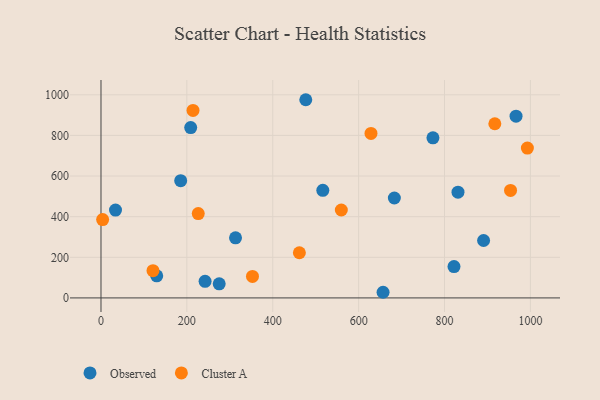
{"axis": {"x": "Distance", "y": "Rating"}, "legend": ["Cluster A", "Observed"], "data": [{"x": "773.1", "y": 788.1, "type": "Observed"}, {"x": "831.4", "y": 520.5, "type": "Observed"}, {"x": "129.8", "y": 109.0, "type": "Observed"}, {"x": "242.4", "y": 81.5, "type": "Observed"}, {"x": "313.3", "y": 295.9, "type": "Observed"}, {"x": "208.9", "y": 838.7, "type": "Observed"}, {"x": "683.2", "y": 491.8, "type": "Observed"}, {"x": "275.3", "y": 69.6, "type": "Observed"}, {"x": "476.9", "y": 975.7, "type": "Observed"}, {"x": "891.0", "y": 282.7, "type": "Observed"}, {"x": "33.8", "y": 432.4, "type": "Observed"}, {"x": "185.6", "y": 577.0, "type": "Observed"}, {"x": "822.1", "y": 154.1, "type": "Observed"}, {"x": "516.6", "y": 529.8, "type": "Observed"}, {"x": "656.9", "y": 27.8, "type": "Observed"}, {"x": "966.6", "y": 894.6, "type": "Observed"}, {"x": "953.8", "y": 529.3, "type": "Cluster A"}, {"x": "352.8", "y": 106.0, "type": "Cluster A"}, {"x": "3.8", "y": 385.7, "type": "Cluster A"}, {"x": "559.7", "y": 432.8, "type": "Cluster A"}, {"x": "628.8", "y": 809.7, "type": "Cluster A"}, {"x": "917.2", "y": 857.4, "type": "Cluster A"}, {"x": "214.3", "y": 922.8, "type": "Cluster A"}, {"x": "121.1", "y": 134.3, "type": "Cluster A"}, {"x": "993.0", "y": 737.5, "type": "Cluster A"}, {"x": "462.0", "y": 222.3, "type": "Cluster A"}, {"x": "226.5", "y": 415.0, "type": "Cluster A"}]}